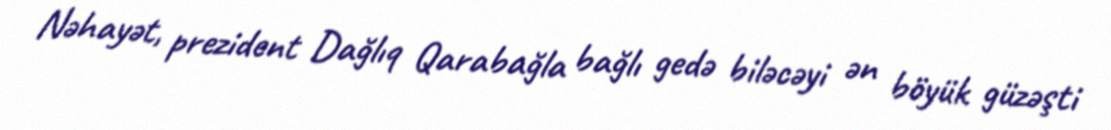
Nəhayət, prezident Dağlıq Qarabağla bağlı gedə biləcəyi ən böyük güzəşti